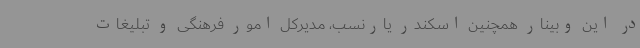
در این وبینار همچنین اسکندر یارنسب، مدیرکل امور فرهنگی و تبلیغات